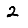
Digit: 2